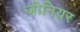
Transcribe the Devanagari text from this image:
जीनियर